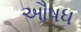
ઔષધ